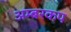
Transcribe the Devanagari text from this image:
अम्बरकप